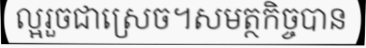
ល្អរួចជាស្រេច។សមត្ថកិច្ចបាន